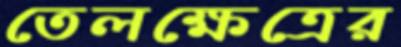
তেলক্ষেত্রের